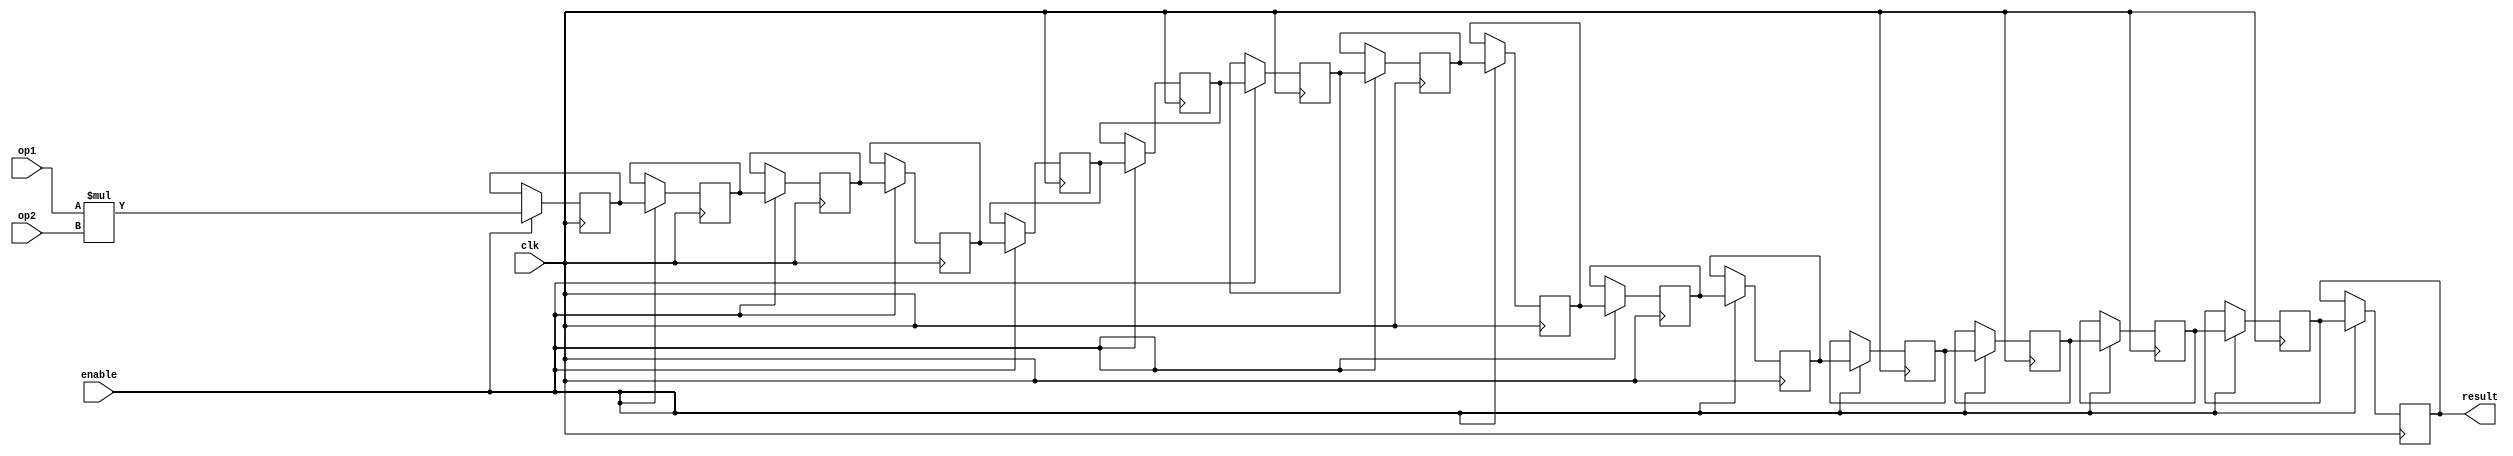
`timescale 1ns / 1ps
//////////////////////////////////////////////////////////////////////////////////
// Company: 
// Engineer: 
// 
// Design Name: 
// Module Name: quick_maffs_multiplier_dsp
// Project Name: 
// Target Devices: 
// Tool Versions: 
// Description: 
// 
// Dependencies: 
// 
// Revision:
// Revision 0.01 - File Created
// Additional Comments:
// 
//////////////////////////////////////////////////////////////////////////////////


module quick_maffs_multiplier_dsp(
    input enable,
    input clk,
    
    input [63:0] op1,
    input [63:0] op2,
    output reg [127:0] result
    );
    
    reg [127:0] P0, P1, P2, P3, P4, P5, P6, P7, P8, P9, P10, P11, P12, P13, P14, P15;
    always @(posedge clk)
        if (enable)
        begin
            P0 = op1 * op2;
            P1 <= P0;
            P2 <= P1;
            P3 <= P2;
            P4 <= P3;
            P5 <= P4;
            P6 <= P5;
            P7 <= P6;
            P8 <= P7;
            P9 <= P8;
            P10 <= P9;
            P11 <= P10;
            P12 <= P11;
            P13 <= P12;
            P14 <= P13;
            P15 <= P14;
            result <= P15;
        end
endmodule